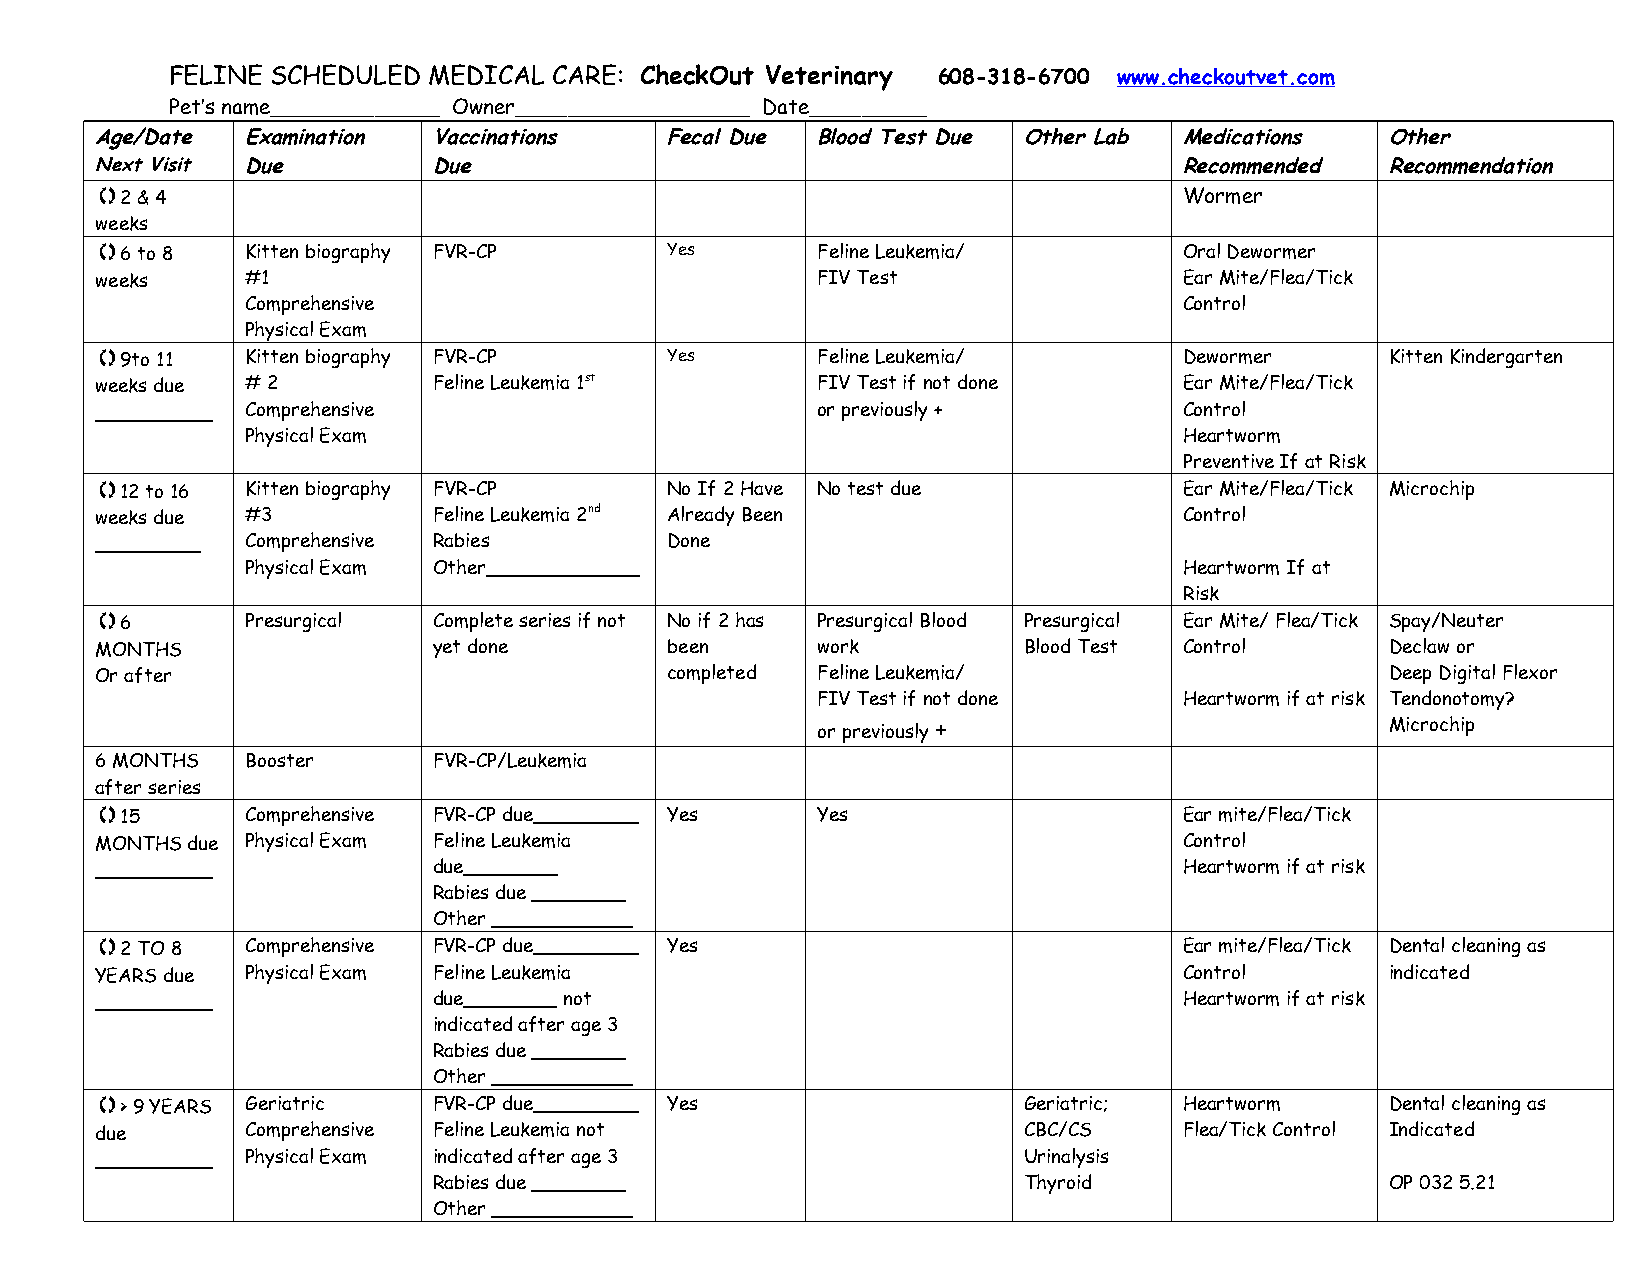
FELINE SCHEDULED MEDICAL  CARE: CheckOut Veterinary 608-318-6700 www.checkoutvet.com
 Pet’s name_____________ Owner__________________ Date_________
 Age/Date  Examination  Vaccinations   Fecal Due Blood Test Due Other Lab Medications  Other
 Next Visit Due         Due                                              Recommended   Recommendation
  2 & 4                                                                 Wormer
 weeks
  6 to 8  Kitten biography FVR-CP     Yes       Feline Leukemia/        Oral Dewormer
 weeks     #1                                    FIV Test                Ear Mite/Flea/Tick
 Comprehensive                                                 Control
 Physical Exam
  9to 11 to 11 Kitten biography FVR-CP Yes      Feline Leukemia/        Dewormer      Kitten Kindergarten
 weeks due # 2          Feline Leukemia 1st      FIV Test if not done    Ear Mite/Flea/Tick
 __________ Comprehensive                        or previously +         Control
 Physical Exam                                                 Heartworm
 Preventive If at Risk
  12 to 16 Kitten biography FVR-CP    No If 2 Have No test due          Ear Mite/Flea/Tick Microchip
 weeks due #3           Feline Leukemia 2nd Already Been                 Control
 _________ Comprehensive Rabies        Done
 Physical Exam Other_____________                              Heartworm If at
 Risk
  6       Presurgical  Complete series if not No if 2 has Presurgical Blood Presurgical Ear Mite/ Flea/Tick Spay/Neuter
 MONTHS                 yet done       been      work          Blood Test Control      Declaw or
 Or after                              completed Feline Leukemia/                      Deep Digital Flexor
 FIV Test if not done    Heartworm if at risk Tendonotomy?
 or previously +                       Microchip
 6 MONTHS  Booster      FVR-CP/Leukemia
 after series
  15      Comprehensive FVR-CP due_________ Yes Yes                     Ear mite/Flea/Tick
 MONTHS due Physical Exam Feline Leukemia                                Control
 __________             due________                                      Heartworm if at risk
 Rabies due ________
 Other ____________
  2 TO 8  Comprehensive FVR-CP due_________ Yes                         Ear mite/Flea/Tick Dental cleaning as
 YEARS due Physical Exam Feline Leukemia                                 Control       indicated
 __________             due________ not                                  Heartworm if at risk
 indicated after age 3
 Rabies due ________
 Other ____________
  > 9to 11  YEARS Geriatric FVR-CP due_________ Yes           Geriatric; Heartworm    Dental cleaning as
 due       Comprehensive Feline Leukemia not                   CBC/CS    Flea/Tick Control Indicated
 __________ Physical Exam indicated after age 3                Urinalysis
 Rabies due ________                    Thyroid                 OP 032 5.21
 Other ____________